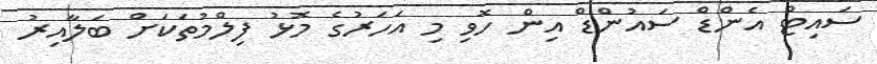
ސައިޓް އެންޑް ސައުންޑް އިން ހޮވި މި އަހަރުގެ މޮޅު ފިލްމުތަކަށް ބަލާއިރު